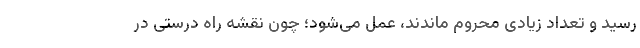
رسید و تعداد زیادی محروم ماندند، عمل می‌شود؛ چون نقشه راه درستی در